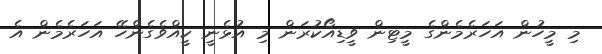
މި މީހުން އަހަރެމެންގެ މީޓިން ވީޑިއޯކުރަން މި އުޅެނީ ކީއްވެގެންހޭ އަހަރެމެން އެ